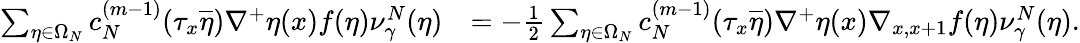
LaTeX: \begin{array}{rl}{\sum_{\eta\in\Omega_{N}}c_{N}^{(m-1)}(\tau_{x}\overline{{\eta}})\nabla^{+}\eta(x)f(\eta)\nu_{\gamma}^{N}(\eta)}&{=-\frac 12\sum_{\eta\in\Omega_{N}}c_{N}^{(m-1)}(\tau_{x}\overline{{\eta}})\nabla^{+}\eta(x)\nabla_{x,x+1}f(\eta)\nu_{\gamma}^{N}(\eta).}\end{array}